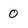
Character: 0